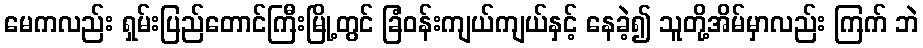
မေကလည်း ရှမ်းပြည်တောင်ကြီးမြို့တွင် ခြံဝန်းကျယ်ကျယ်နှင့် နေခဲ့၍ သူတို့အိမ်မှာလည်း ကြက် ဘဲ